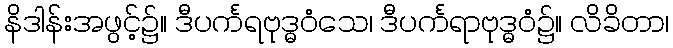
နိဒါန်းအဖွင့်၌။ ဒီပင်္ကရဗုဒ္ဓဝံသေ၊ ဒီပင်္ကရာဗုဒ္ဓဝံ၌။ လိခိတာ၊